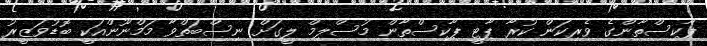
ޕާކިސްތާންގެ ވެރިކަން ކުރާ ޕާޓީ ޕާކިސްތާން މުސްލިމް ލީގަށް ނިސްބަތްވާ މަމްނޫންއަކީ ބޮޑުވަޒީރު